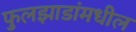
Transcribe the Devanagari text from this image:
फुलझाडांमधील